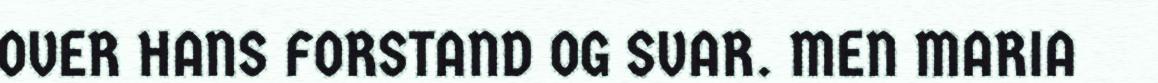
OVER HANS FORSTAND OG SVAR. MEN MARIA